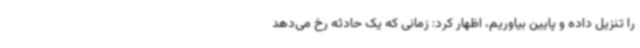
را تنزیل داده و پایین بیاوریم، اظهار کرد: زمانی که یک حادثه رخ می‌دهد